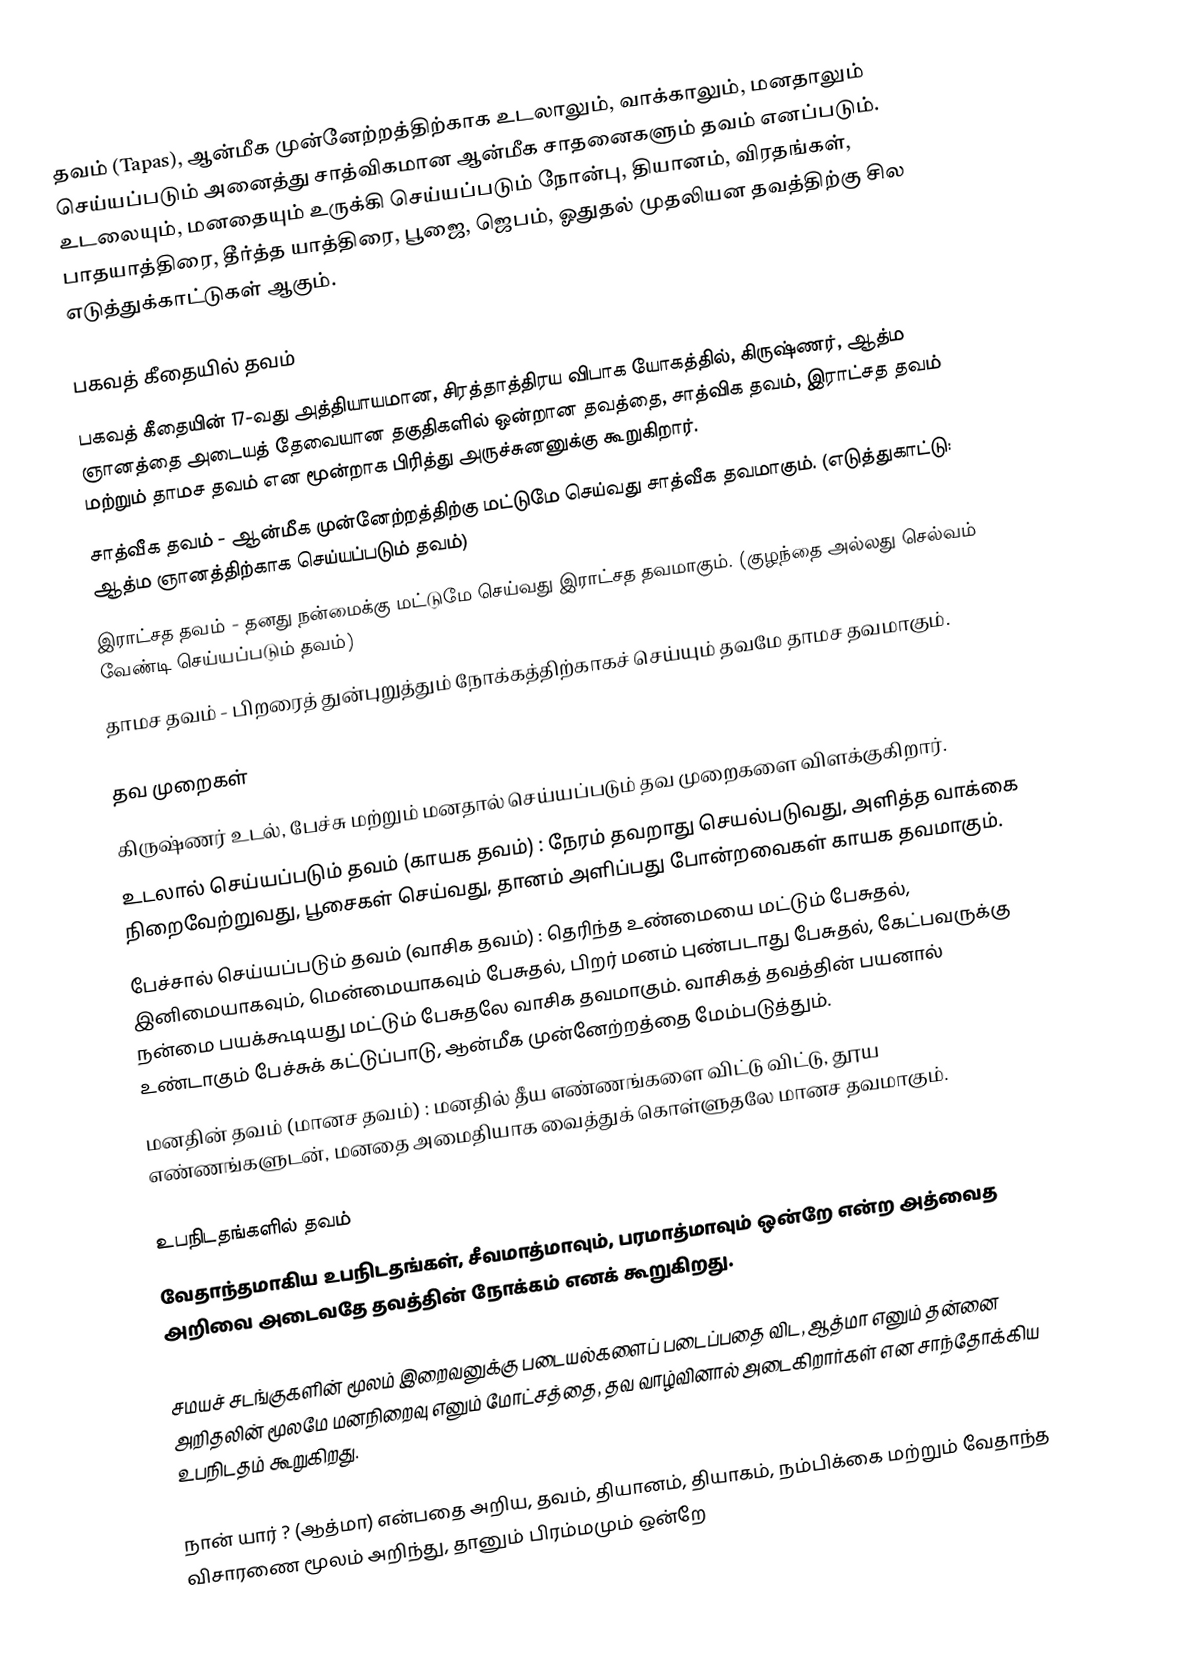
தவம் (Tapas), ஆன்மீக முன்னேற்றத்திற்காக உடலாலும், வாக்காலும், மனதாலும் செய்யப்படும் அனைத்து சாத்விகமான ஆன்மீக சாதனைகளும்  தவம் எனப்படும். உடலையும், மனதையும் உருக்கி செய்யப்படும் நோன்பு, தியானம், விரதங்கள், பாதயாத்திரை, தீர்த்த யாத்திரை, பூஜை, ஜெபம், ஓதுதல் முதலியன தவத்திற்கு சில எடுத்துக்காட்டுகள் ஆகும்.

பகவத் கீதையில் தவம்
பகவத் கீதையின் 17-வது அத்தியாயமான, சிரத்தாத்திரய விபாக யோகத்தில், கிருஷ்ணர், ஆத்ம ஞானத்தை அடையத்  தேவையான தகுதிகளில் ஒன்றான தவத்தை, சாத்விக தவம், இராட்சத தவம் மற்றும் தாமச தவம் என மூன்றாக பிரித்து அருச்சுனனுக்கு கூறுகிறார்.
 சாத்வீக தவம் - ஆன்மீக முன்னேற்றத்திற்கு மட்டுமே செய்வது சாத்வீக தவமாகும். (எடுத்துகாட்டு: ஆத்ம ஞானத்திற்காக செய்யப்படும் தவம்)
 இராட்சத தவம் - தனது நன்மைக்கு மட்டுமே செய்வது இராட்சத தவமாகும். (குழந்தை அல்லது செல்வம் வேண்டி செய்யப்படும் தவம்)
 தாமச தவம் - பிறரைத் துன்புறுத்தும் நோக்கத்திற்காகச் செய்யும் தவமே தாமச தவமாகும்.

தவ முறைகள்
கிருஷ்ணர் உடல், பேச்சு மற்றும் மனதால் செய்யப்படும் தவ முறைகளை விளக்குகிறார்.
 உடலால் செய்யப்படும் தவம் (காயக தவம்) : நேரம் தவறாது செயல்படுவது, அளித்த வாக்கை நிறைவேற்றுவது, பூசைகள் செய்வது, தானம் அளிப்பது போன்றவைகள் காயக தவமாகும்.
 பேச்சால் செய்யப்படும் தவம் (வாசிக தவம்) : தெரிந்த உண்மையை மட்டும் பேசுதல், இனிமையாகவும், மென்மையாகவும் பேசுதல், பிறர் மனம் புண்படாது பேசுதல், கேட்பவருக்கு நன்மை பயக்கூடியது மட்டும் பேசுதலே வாசிக தவமாகும். வாசிகத் தவத்தின் பயனால் உண்டாகும் பேச்சுக் கட்டுப்பாடு, ஆன்மீக முன்னேற்றத்தை மேம்படுத்தும்.
 மனதின் தவம் (மானச தவம்) : மனதில் தீய எண்ணங்களை விட்டு விட்டு, தூய எண்ணங்களுடன், மனதை அமைதியாக வைத்துக் கொள்ளுதலே மானச தவமாகும்.

உபநிடதங்களில் தவம்
வேதாந்தமாகிய உபநிடதங்கள், சீவமாத்மாவும், பரமாத்மாவும் ஒன்றே என்ற அத்வைத அறிவை அடைவதே தவத்தின் நோக்கம் எனக் கூறுகிறது.

சமயச் சடங்குகளின் மூலம் இறைவனுக்கு படையல்களைப் படைப்பதை விட, ஆத்மா எனும் தன்னை அறிதலின் மூலமே மனநிறைவு எனும் மோட்சத்தை, தவ வாழ்வினால் அடைகிறார்கள் என சாந்தோக்கிய உபநிடதம் கூறுகிறது.

நான் யார் ? (ஆத்மா) என்பதை அறிய, தவம், தியானம், தியாகம், நம்பிக்கை மற்றும் வேதாந்த விசாரணை மூலம் அறிந்து, தானும் பிரம்மமும் ஒன்றே